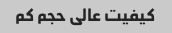
کیفیت عالی حجم کم